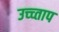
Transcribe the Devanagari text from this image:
उच्च्ताप